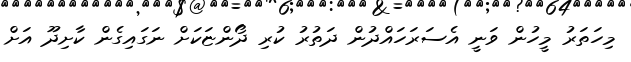
މިހަތަރު މީހުން ވަނީ އެސަރަހައްދުން ދަތުރު ކުރި ދޯންޏަކަށް ނަގައިގެން ކާށިދޫ އަށް